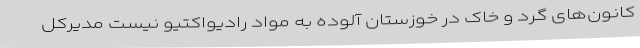
کانون‌های گرد و خاک در خوزستان آلوده به مواد رادیواکتیو نیست مدیرکل